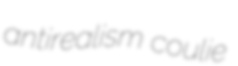
antirealism coulie